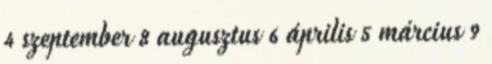
4 szeptember 8 augusztus 6 április 5 március 9